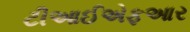
ટીઆઈએફઆર